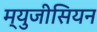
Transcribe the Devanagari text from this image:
म्युजीसियन